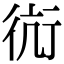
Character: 䘕